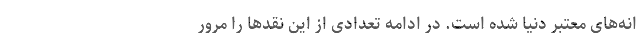
انه‌های معتبر دنیا شده است. در ادامه تعدادی از این نقدها را مرور